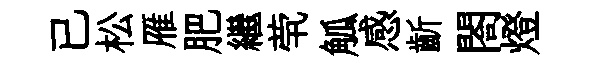
已松雁肥繼茕觚感齗閤燈